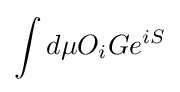
\int d\mu O_{i}Ge^{iS}